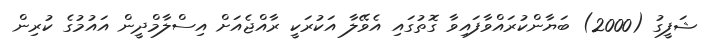
ޝަފީގު (2000) ބަޔާންކުރައްވާފައިވާ ގޮތުގައި އެވޭލާ އަކުރަކީ ރާއްޖެއަށް އިސްލާމްދީން އައުމުގެ ކުރިން